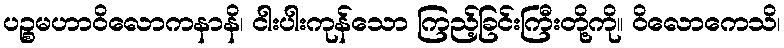
ပဉ္စမဟာဝိလောကနာနိ၊ ငါးပါးကုန်သော ကြည့်ခြင်းကြီးတို့ကို။ ဝိလောကေသိ၊